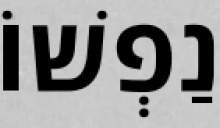
נַפְשׁוֹ